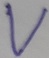
Text: V